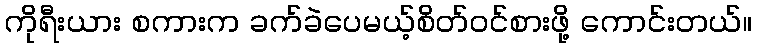
ကိုရီးယား စကားက ခက်ခဲပေမယ့်စိတ်ဝင်စားဖို့ ကောင်းတယ်။